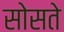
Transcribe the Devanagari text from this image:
सोसते